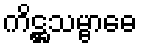
ကိဋ္ဌသမ္ဗာဓေ